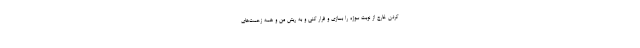
کردن خارج از نوبت سوژه را بسازی و فرار کنی و به ریش من و همه زحمت‌های